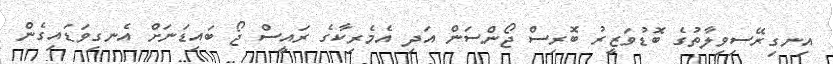
އިނގިރޭސިވިލާތުގެ ބޮޑުވަޒީރު ބޮރިސް ޖޯންސަން އަދި އެމެރިކާގެ ރައީސް ޖޯ ބައިޑަނަށް އެނގިވަޑައިގެން